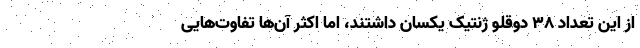
از این تعداد ۳۸ دوقلو ژنتیک یکسان داشتند، اما اکثر آن‌ها تفاوت‌هایی